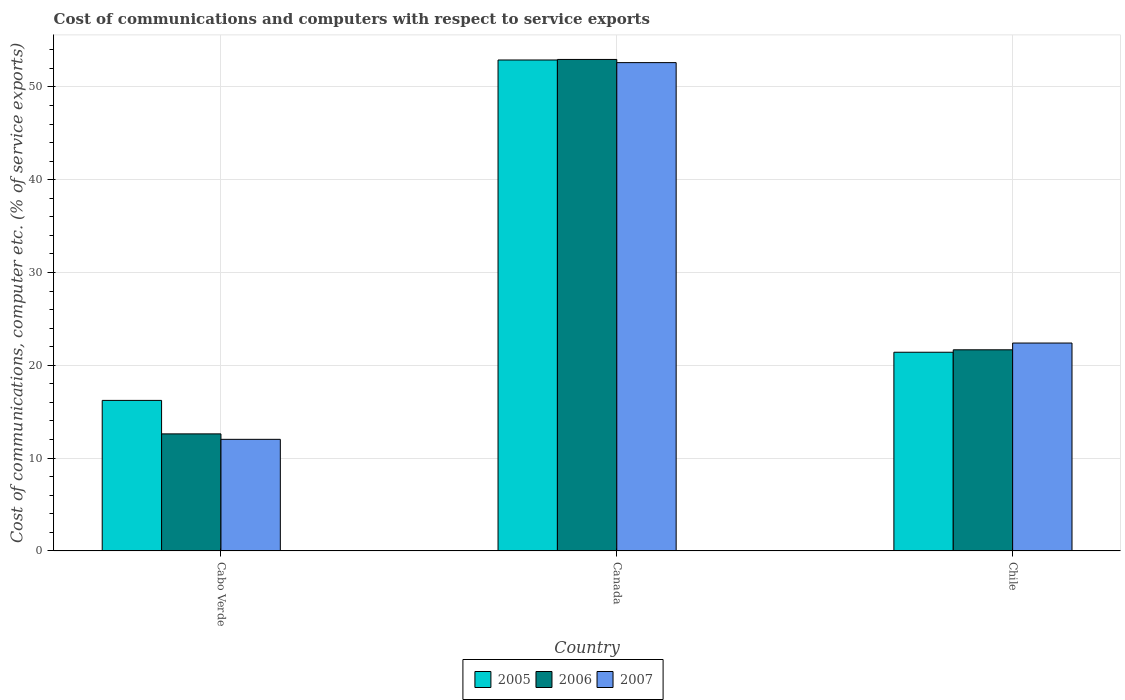
| Country | 2005 | 2006 | 2007 |
 | --- | --- | --- | --- |
 | Cabo Verde | 16.2 | 12.6 | 12 |
 | Canada | 52.9 | 53 | 52.6 |
 | Chile | 21.4 | 21.7 | 22.4 |